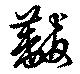
黻